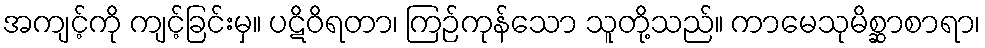
အကျင့်ကို ကျင့်ခြင်းမှ။ ပဋိဝိရတာ၊ ကြဉ်ကုန်သော သူတို့သည်။ ကာမေသုမိစ္ဆာစာရာ၊